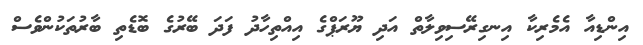
އިންޑިއާ އެމެރިކާ އިނގިރޭސިވިލާތް އަދި ޔޫރަޕްގެ އިއްތިހާދު ފަދަ ބޭރުގެ ބޮޑެތި ބާރުތަކުންވެސް